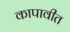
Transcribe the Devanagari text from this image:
कापावीत